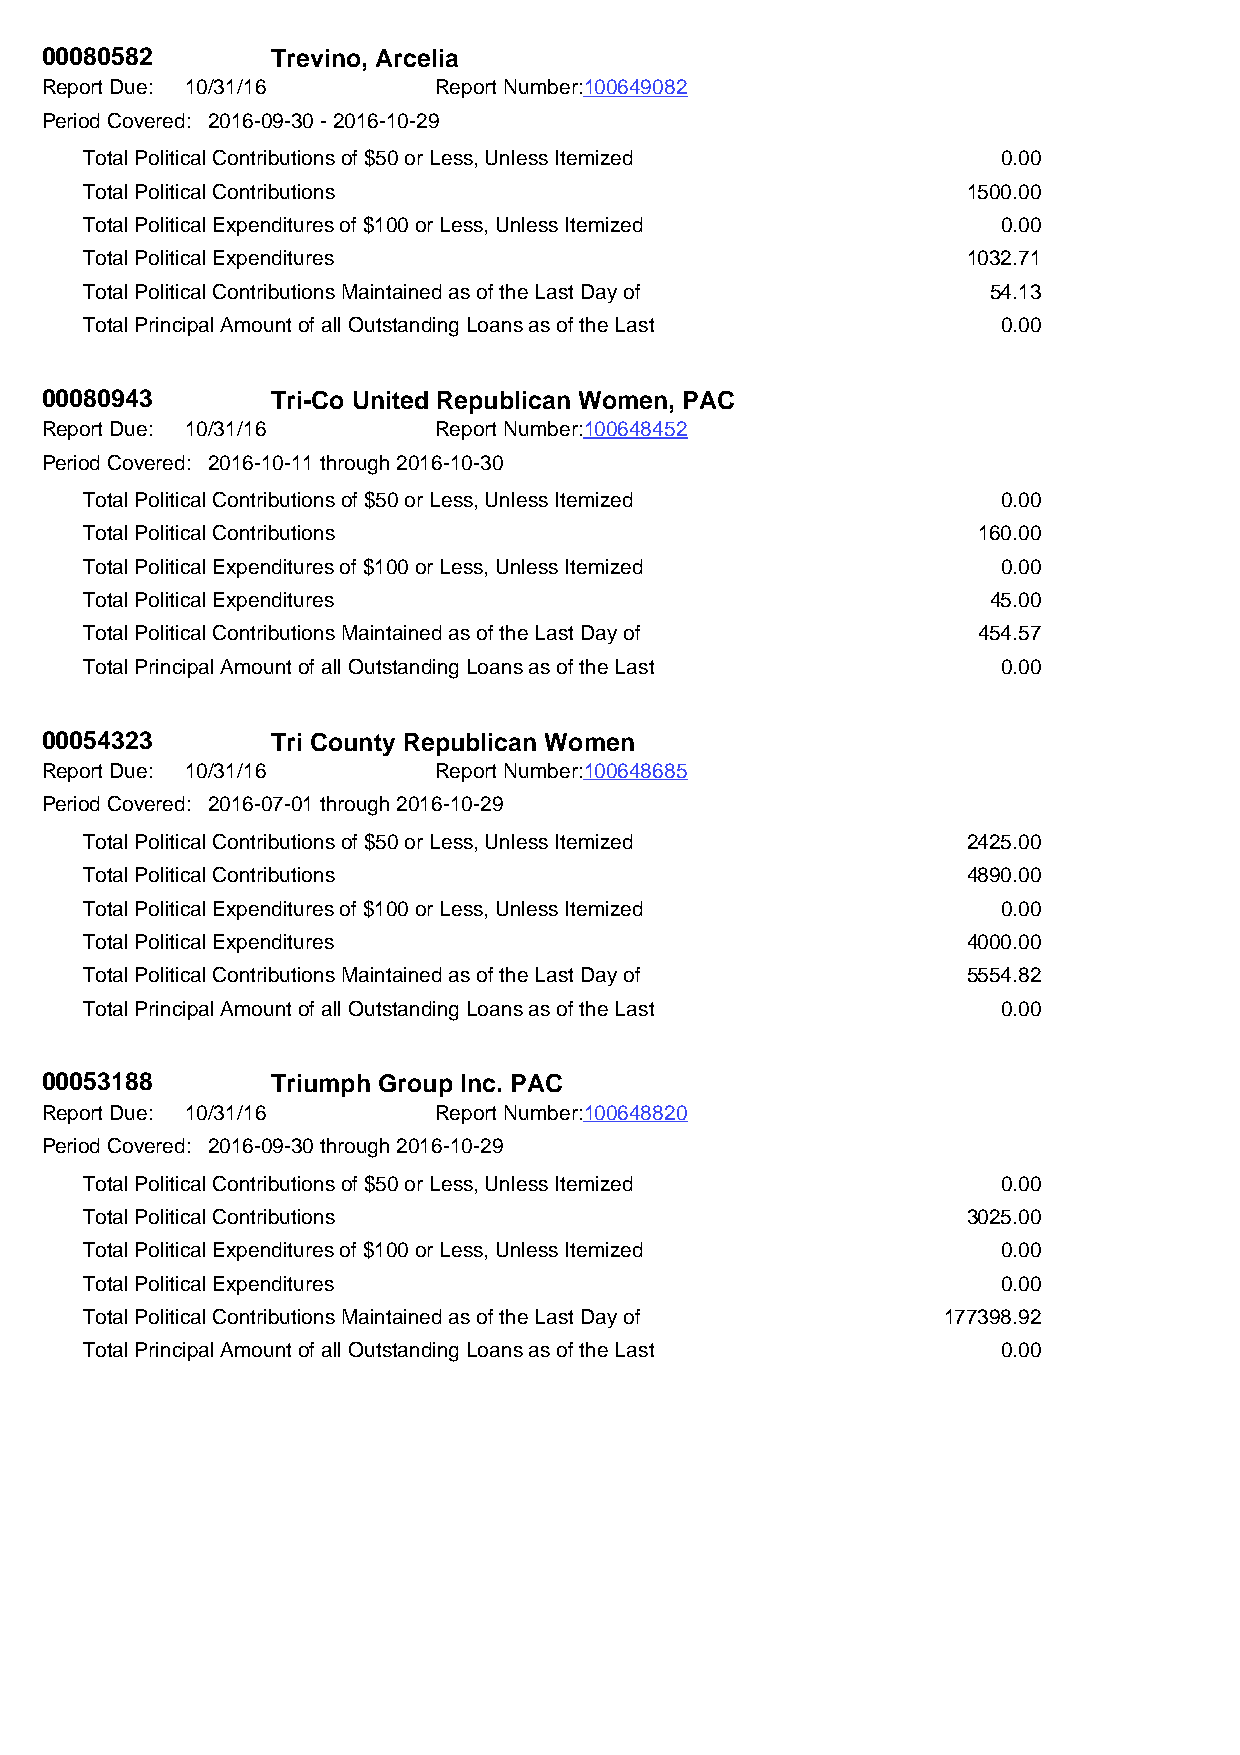
00080582       Trevino, Arcelia
 Report Due: 10/31/16      Report Number:100649082
 Period Covered: 2016-09-30 - 2016-10-29
 Total Political Contributions of $50 or Less, Unless Itemized 0.00
 Total Political Contributions                             1500.00
 Total Political Expenditures of $100 or Less, Unless Itemized 0.00
 Total Political Expenditures                              1032.71
 Total Political Contributions Maintained as of the Last Day of 54.13
 Total Principal Amount of all Outstanding Loans as of the Last 0.00
 00080943       Tri-Co United Republican Women, PAC
 Report Due: 10/31/16      Report Number:100648452
 Period Covered: 2016-10-11 through 2016-10-30
 Total Political Contributions of $50 or Less, Unless Itemized 0.00
 Total Political Contributions                              160.00
 Total Political Expenditures of $100 or Less, Unless Itemized 0.00
 Total Political Expenditures                                45.00
 Total Political Contributions Maintained as of the Last Day of 454.57
 Total Principal Amount of all Outstanding Loans as of the Last 0.00
 00054323       Tri County Republican Women
 Report Due: 10/31/16      Report Number:100648685
 Period Covered: 2016-07-01 through 2016-10-29
 Total Political Contributions of $50 or Less, Unless Itemized 2425.00
 Total Political Contributions                             4890.00
 Total Political Expenditures of $100 or Less, Unless Itemized 0.00
 Total Political Expenditures                              4000.00
 Total Political Contributions Maintained as of the Last Day of 5554.82
 Total Principal Amount of all Outstanding Loans as of the Last 0.00
 00053188       Triumph Group Inc. PAC
 Report Due: 10/31/16      Report Number:100648820
 Period Covered: 2016-09-30 through 2016-10-29
 Total Political Contributions of $50 or Less, Unless Itemized 0.00
 Total Political Contributions                             3025.00
 Total Political Expenditures of $100 or Less, Unless Itemized 0.00
 Total Political Expenditures                                0.00
 Total Political Contributions Maintained as of the Last Day of 177398.92
 Total Principal Amount of all Outstanding Loans as of the Last 0.00